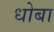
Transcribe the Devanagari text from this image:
धोबा